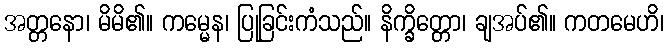
အတ္တနော၊ မိမိ၏။ ကမ္မေန၊ ပြုခြင်းကံသည်။ နိက္ခိတ္တော၊ ချအပ်၏။ ကတမေဟိ၊